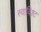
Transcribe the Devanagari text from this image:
स्वादिश्ट